Vaccination in Burma 1889-1999 - 1889-1999
Year: 1889
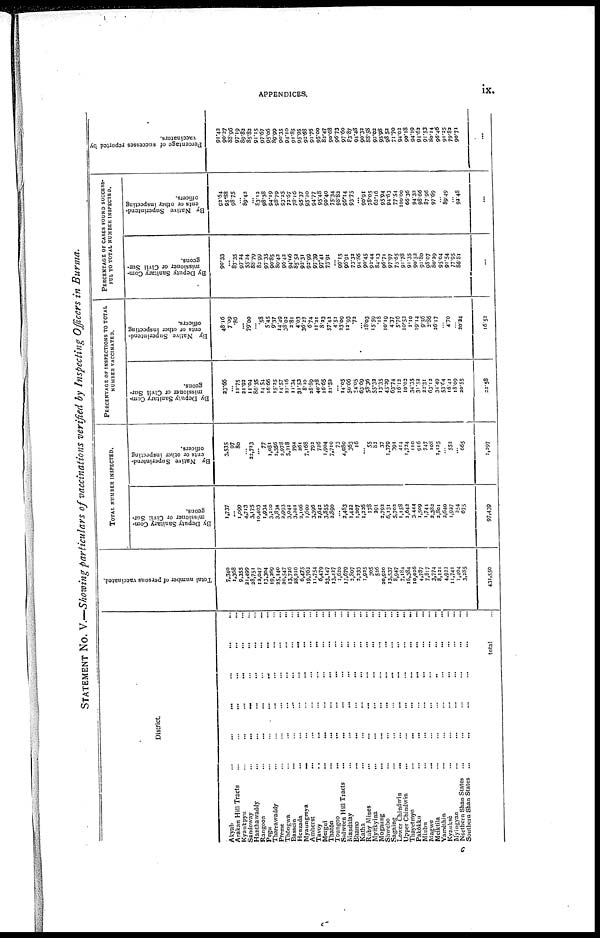
APPENDICES.
ix.
STATEMENT No. V.—Showing particulars of vaccinations verified by Inspecting Officers in Burma.
District
Akyab
...
...
...
Arakan Hill Tracts... ... ...
Kyaukpyu...
...
Sandoway
...
...
Hanthawaddy... ...
Rangoon... ...
Pegu... ...
Tharrawaddy...
...
Prome... ...
Thôngwa...
...
Bassein...
...
Henzada...
...
Myaungmya...
...
Amherst...
...
...
Tavoy... ...
Mergui...
...
Thatôn... ...
Toungoo...
...
Salween Hill Tracts... ...
Mandalay...
...
Bhamo...
...
...
Katha... ...
Ruby Mines
...
...
...
Myitkyina... ...
Mogaung...
...
...
Shwebo...
...
Sagaing...
...
...
Lower
Chindwin...
...
Upper Chindwin...
Thayetmyo...
...
Pakôkku... ...
Minbu...
...
Magwe...
...
Meiktila... ...
Yamèthin... ...
Kyauksè...
...
Myingyan...
...
Northern Shan States
...
Southern Shan States...
total...
Total number of persons vaccinated.
7,340
1,368
9,355
21,499
28,751
12,047
13,304
19,269
25,140
20,547
13,726
28,216
6,475
19,762
11,754
6,479
23,147
13,427
1,620
17,679
2,807
2,233
1,925
305
536
20,930
13,537
8,947
7,184
16,384
10,036
4,787
7,817
3,774
8,121
4,922
11,741
1,404
3,285
431,550
TOTAL NUMBER INSPECTED.
By Deputy Sanitary Com-
missioner or Civil Sur-
geons.
1,737
...
1,099
4,713
3,175
10,403
1,934
3,210
3,834
3,993
3,042
3,301
2,106
1,600
3,396
3,642
3,855
2,890
...
2,483
1,422
1,307
1,226
178
291
2,792
6,131
5,703
1,158
1,642
3,444
1,509
1,741
2,382
2,801
2,640
1,927
254
675
97,439
By Native Superintend-
ents or other inspecting
officers.
3,535
97
80
...
23,713
...
77
1,051
2,356
3,978
5,218
794
261
7,168
792
736
1,904
7,710
73
4,080
363
16
...
55
82
37
1,379
391
414
1,724
110
916
747
108
2,135
...
552
...
665
1,297
PERCENTAGE OF INSPECTIONS TO TOTAL
NUMBER VACCINATED.
By Deputy Sanitary Com-
missioner or Civil Sur-
geons.
23.66
...
11.75
21.92
11.04
86.35
14.54
16.66
15.25
14.57
23.16
11.34
32.53
8.10
28.89
40.78
16.65
21.52
...
14.05
50.66
54.05
63.69
58.36
55.32
13.35
45.29
63.74
16.12
10.02
34.35
31.52
22.31
63.12
34.49
53.64
16.41
18.09
20.55
22.58
By Native Superintend-
ents or other inspecting
officers.
48.16
7.09
.86
...
79.00
...
.58
5.45
9.37
14.49
38.02
2.81
4.03
36.27
6.74
11.21
8.23
57.42
4.51
23.09
12.93
.72
...
18.03
15.59
.18
10.19
4.37
5.76
10.53
1.10
19.14
9.56
2.86
26.17
...
4.70
...
20.24
16.52
PERCENTAGE OF CASES FOUND SUCCESS-
FUL TO TOTAL NUMBER INSPECTED.
By Deputy Sanitary Com-
missioner or Civil Sur-
geons.
90.33
...
87.35
97.24
55.24
88.79
82.99
97.35
90.85
80.42
96.42
94.06
85.52
93.31
92.99
97.39
97.41
73.91
...
99.15
96.91
73.32
94.86
90.45
92.44
84.13
96.71
97.97
75.65
91.78
91.35
90.52
91.80
98.07
80.29
95.04
91.54
77.95
86.81
...
By Native Superintend-
ents or other inspecting
officers.
93.64
95.88
98.75
...
89.43
...
83.12
98.38
94.19
98.79
93.25
72.67
78.16
95.37
95.20
94.77
95.48
90.40
75.34
98.82
96.14
93.75
...
90.91
78.05
63.16
95.94
94.63
77.54
100.00
66.36
94.32
98.66
87.96
97.69
...
89.49
...
92.48
...
Percentage of successes reported by
vaccinators.
91.42
90.27
88.96
97.19
89.82
85.82
91.15
97.67
95.06
89.99
90.35
94.10
91.85
95.95
93.68
91.76
95.00
82.47
90.68
96.73
97.60
83.87
94.48
90.32
88.58
92.02
95.98
98.52
71.70
94.02
90.18
94.19
94.62
91.53
80.14
96.46
91.25
79.82
90.71
...
c